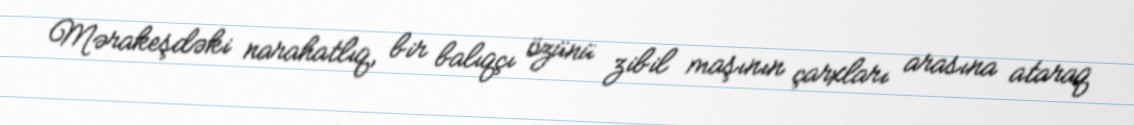
Mərakeşdəki narahatlıq, bir balıqçı özünü zibil maşının çarxları arasına ataraq